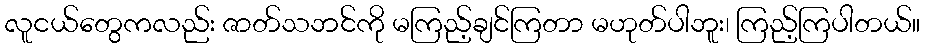
လူငယ်တွေကလည်း ဇာတ်သဘင်ကို မကြည့်ချင်ကြတာ မဟုတ်ပါဘူး၊ ကြည့်ကြပါတယ်။